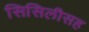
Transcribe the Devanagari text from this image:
सिसिलीसह